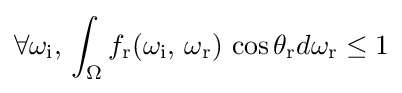
\forall \omega _{\text{i}},\,\int _{\Omega }f_{\text{r}}(\omega _{\text{i}},\,\omega _{\text{r}})\,\cos {\theta _{\text{r}}}d\omega _{\text{r}}\leq 1